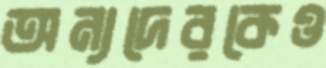
অন্যদেরকেও